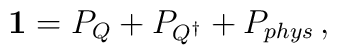
{\mathbf 1}=P_{Q}+P_{Q^{\dagger}}+P_{phys}\, ,